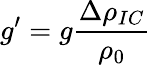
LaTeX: g^{\prime}=g\frac{\Delta\rho_{IC}}{\rho_{0}}